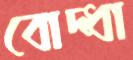
বোদ্ধা